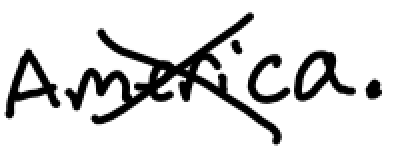
Text: America.
Cross-out: cross
Writing tool: digital_black